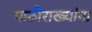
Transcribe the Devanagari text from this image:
पाठीराख्यांना